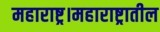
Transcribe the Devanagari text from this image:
महाराष्ट्र।महाराष्ट्रातील